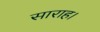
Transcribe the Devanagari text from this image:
साराह।